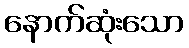
နောက်ဆုံးသော